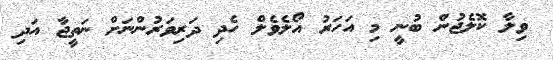
ވިލާ ކޮލެޖުން ބުނީ މި އަހަރު އޯލެވެލް ހެދި ދަރިވަރުންނަށް ނަތީޖާ އަދި